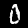
Digit: 0